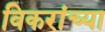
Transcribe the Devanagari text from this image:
विकरांच्या